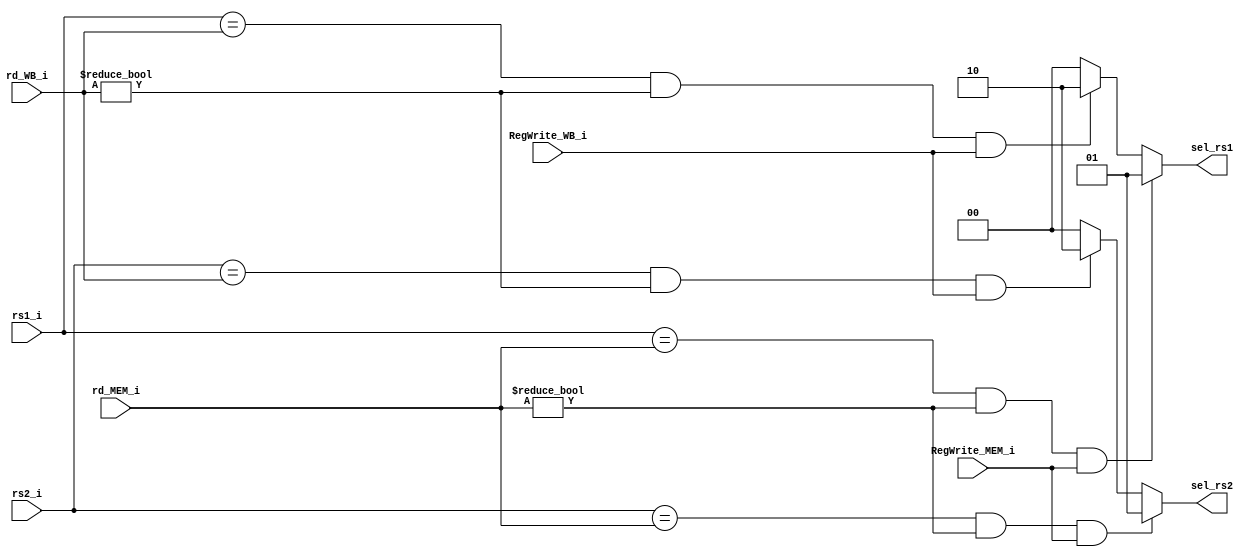
/******************************************************************
* Description
*	This is a register that is used for implementing Forwarding Unit
*	1.0
* Author:
*	Gabriela de la Fuente & Daniel Gutirrez
******************************************************************/
module Forwarding_Unit
(
	input RegWrite_MEM_i,
	input RegWrite_WB_i,
	input [4:0] rd_MEM_i,
	input [4:0] rd_WB_i,
	input [4:0] rs1_i,
	input [4:0] rs2_i,
	
	output reg [1:0] sel_rs1,
	output reg [1:0] sel_rs2
	
);


always@(RegWrite_MEM_i, RegWrite_WB_i, sel_rs1, rs1_i, rd_MEM_i, rd_WB_i)begin //always para checar si hay dependencia
      
       if(rs1_i == rd_MEM_i && rd_MEM_i != 0 && RegWrite_MEM_i != 0)  
            sel_rs1 = 2'b01; //si rs1 coincide con rd de MEM y rd de MEM es !=0, opcin 1
       else if(rs1_i == rd_WB_i && rd_WB_i != 0 && RegWrite_WB_i != 0)
            sel_rs1 = 2'b10; //si rs2 coincide con rd de WB y es diferente de 0, opcin 2
        else
            sel_rs1 = 2'b00;
end


 always@(RegWrite_MEM_i, RegWrite_WB_i, sel_rs2, rs2_i, rd_MEM_i, rd_WB_i)begin

       if(rs2_i == rd_MEM_i && rd_MEM_i != 0 && RegWrite_MEM_i != 0)
            sel_rs2 = 2'b01;//si rs2 coincide con rd de MEM y rd de MEM es !=0, opcin 1
       else if(rs2_i == rd_WB_i && rd_WB_i != 0 && RegWrite_WB_i != 0)
            sel_rs2 = 2'b10;//si rs2 coincide con rd de MEM y rd de MEM es !=0, opcin 2
        else
            sel_rs2 = 2'b00; //si no hay dependencia opcin 0
end


endmodule